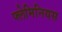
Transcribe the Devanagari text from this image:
फ्लेमिनियस